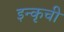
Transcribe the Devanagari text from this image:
इन्कृची